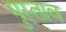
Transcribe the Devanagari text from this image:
गुस्‍ताव